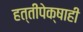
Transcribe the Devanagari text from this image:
हत्तीपेक्षाही